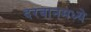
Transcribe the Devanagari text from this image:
दरबानमध्ये